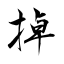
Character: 掉